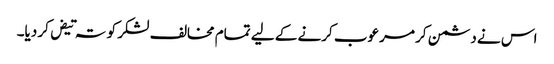
اس نے دشمن کر مرعوب کرنے کے لیے تمام مخالف لشکر کو تہ تیض کر دیا۔